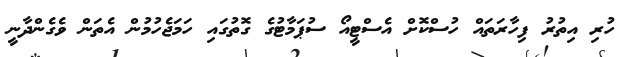
ހުރި އިތުރު ފިހާރަތައް ހުސްކޮށް އެސްޓީއޯ ސުޕަމާޓުގެ ގޮތުގައި ހަމަޖެހުމުން އެތަން ވެގެންދާނީ